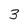
Character: 3